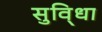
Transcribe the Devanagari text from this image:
सुवि्धा